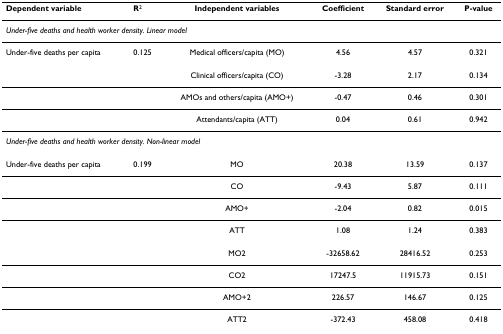
| Dependent variable | R2 | Independent variables | Coefficient | Standard error | P-value |
 | --- | --- | --- | --- | --- | --- |
 | <COLSPAN=6> Under-five deaths and health worker density. Linear model |
 | Under-five deaths per capita | 0.125 | Medical officers/capita (MO) | 4.56 | 4.57 | 0.321 |
 |  |  | Clinical officers/capita (CO) | -3.28 | 2.17 | 0.134 |
 |  |  | AMOs and others/capita (AMO+) | -0.47 | 0.46 | 0.301 |
 |  |  | Attendants/capita (ATT) | 0.04 | 0.61 | 0.942 |
 | <COLSPAN=6> Under-five deaths and health worker density. Non-linear model |
 | Under-five deaths per capita | 0.199 | MO | 20.38 | 13.59 | 0.137 |
 |  |  | CO | -9.43 | 5.87 | 0.111 |
 |  |  | AMO+ | -2.04 | 0.82 | 0.015 |
 |  |  | ATT | 1.08 | 1.24 | 0.383 |
 |  |  | MO2 | -32658.62 | 28416.52 | 0.253 |
 |  |  | CO2 | 17247.5 | 11915.73 | 0.151 |
 |  |  | AMO+2 | 226.57 | 146.67 | 0.125 |
 |  |  | ATT2 | -372.43 | 458.08 | 0.418 |